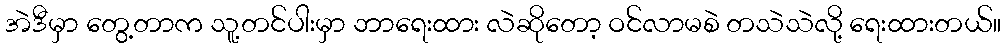
အဲဒီမှာ တွေ့တာက သူ့တင်ပါးမှာ ဘာရေးထား လဲဆိုတော့ ဝင်လာမစဲ တသဲသဲလို့ ရေးထားတယ်။